Annual returns of the Patna Lunatic Asylum at Bankipore in Bihar and Orissa - 1912-1924
Year: 1912
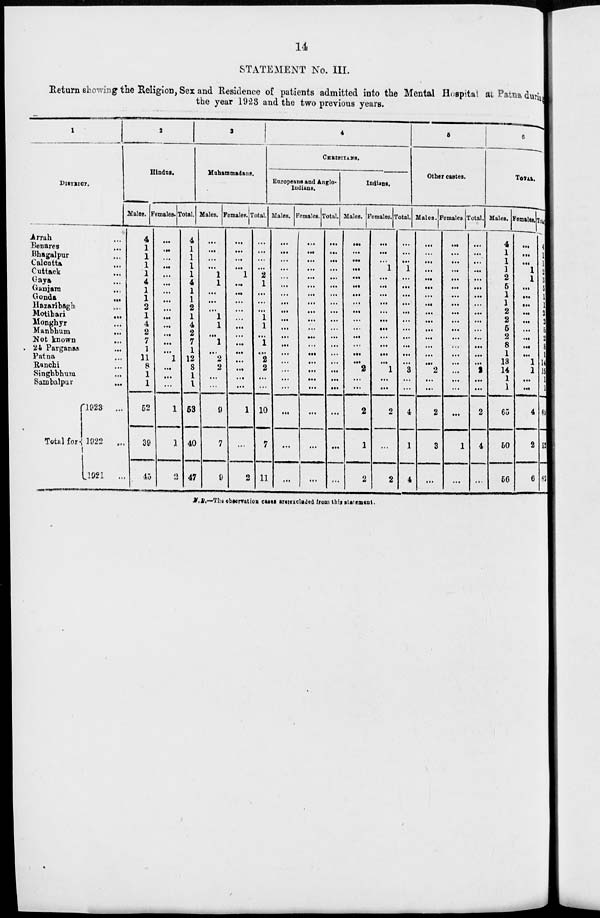
14
STATEMENT No. III.
Return showing the Religion, Sex and Residence of patients admitted into the Mental Hospital at Patna during
the year 1923 and the two previous years.
1
DISTRICT.
Arrah ...
Benares ...
Bhagalpur ...
Calcutta ...
Cuttack ...
Gaya ...
Ganjam
Gonda
...
Hazaribagh
...
Motihari...
Monghyr ...
Manbhum ...
Not known ...
24 Parganas
...
Patna ...
Ranchi ...
Singhbhum ...
Sambalpur ...
Total for
1923 ...
1922 ...
1921 ...
2
Hindus.
Males.
4
1
1
1
1
4
1
1
2
1
4
2
7
1
11
8
1
1
52
39
45
Females.
...
...
...
...
...
...
...
...
...
...
...
...
1
...
...
1
1
2
Total.
4
1
1
1
1
4
1
1
2
1
4
2
7
1
12
8
1
1
53
40
47
3
Muhammadans.
Males.
...
...
...
...
1
1
...
...
...
1
1
...
1
...
2
2
...
...
9
7
9
Females.
...
...
...
...
1
...
...
...
...
...
...
...
...
...
...
...
...
...
1
...
2
Total.
...
...
...
...
2
1
...
...
...
1
1
...
1
...
2
2
...
...
10
7
11
4
CHRISTIANS.
Europeans and Anglo¬
Indians.
Males.
...
...
...
...
...
...
...
...
...
...
...
...
...
...
...
...
...
...
...
...
...
Females.
...
...
...
...
...
...
...
...
...
...
...
...
...
...
...
...
...
...
...
...
...
Total.
...
...
...
...
...
...
...
...
...
...
...
...
...
...
...
...
...
...
...
...
...
Indians.
Males.
...
...
...
...
...
...
...
...
...
...
...
...
...
...
...
2
...
...
2
1
2
Females.
...
...
...
1
...
...
...
...
...
...
...
...
...
...
...
1
...
...
2
...
2
Total.
...
...
...
1
...
...
...
...
...
...
...
...
...
...
...
3
...
...
4
1
4
5
Other castes.
Males.
...
...
...
...
...
...
...
...
...
...
...
...
...
...
...
2
...
...
2
3
...
Females.
...
...
...
...
...
...
...
...
...
...
...
...
...
...
...
...
...
...
...
1
...
Total.
...
...
...
...
...
...
...
...
...
...
...
...
...
...
2
...
...
2
4
...
6
TOTAL.
Males.
4
1
1
1
2
5
1
1
2
2
5
2
8
1
13
14
1
1
65
50
56
Females.
...
...
...
1
1
...
...
...
...
...
...
...
...
...
1
1
...
...
4
2
6
Total
4
1
1
2
3
5
1
1
2
2
5
2
8
1
14
15
1
1
69
52
56
N.B.-The observation cases are excluded from this statement.